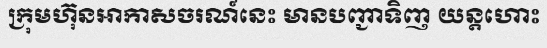
ក្រុមហ៊ុនអាកាសចរណ៍នេះ មានបញ្ជាទិញ យន្តហោះ